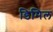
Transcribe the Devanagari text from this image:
डिमिल